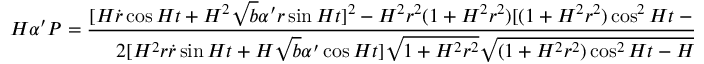
H \alpha ^ { \prime } P = \frac { [ H \dot { r } \cos H t + H ^ { 2 } \sqrt { b } \alpha ^ { \prime } r \sin H t ] ^ { 2 } - H ^ { 2 } r ^ { 2 } ( 1 + H ^ { 2 } r ^ { 2 } ) [ ( 1 + H ^ { 2 } r ^ { 2 } ) \cos ^ { 2 } H t - H ^ { 2 } r ^ { 2 } ] } { 2 [ H ^ { 2 } r \dot { r } \sin H t + H \sqrt { b } \alpha ^ { \prime } \cos H t ] \sqrt { 1 + H ^ { 2 } r ^ { 2 } } \sqrt { ( 1 + H ^ { 2 } r ^ { 2 } ) \cos ^ { 2 } H t - H ^ { 2 } r ^ { 2 } } } .